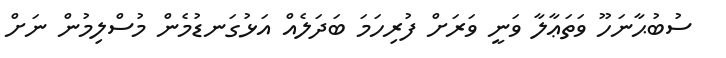
ސުބުޙާނަހޫ ވަތަޢާލާ ވަނީ ވަރަށް ފުރިހަމަ ބަދަލެއް އަޅުގަނޑުމެން މުސްލިމުން ނަށް